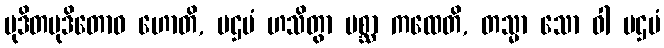
မုဒိတမုဒိတောဝ ဟောတိ, ပဌမံ ဟသိတွာ ပစ္ဆာ ကထေတိ, တသ္မာ သော ဝါ ပဌမံ